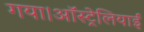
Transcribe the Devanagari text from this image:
गया।ऑस्ट्रेलियाई